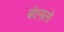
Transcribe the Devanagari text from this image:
बंदनालो